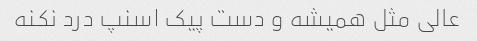
عالی مثل همیشه و دست پیک اسنپ درد نکنه